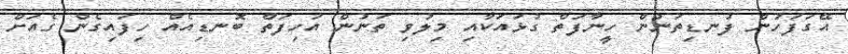
އޭގަފަހުން ފުނޑިތަނުން ހީނާފަތް ގުޅައަކާއި މިލުވި ތަނުން އަހިފަތް ބޮނޑިއެއް ހިފައިގެން ގެއަށް